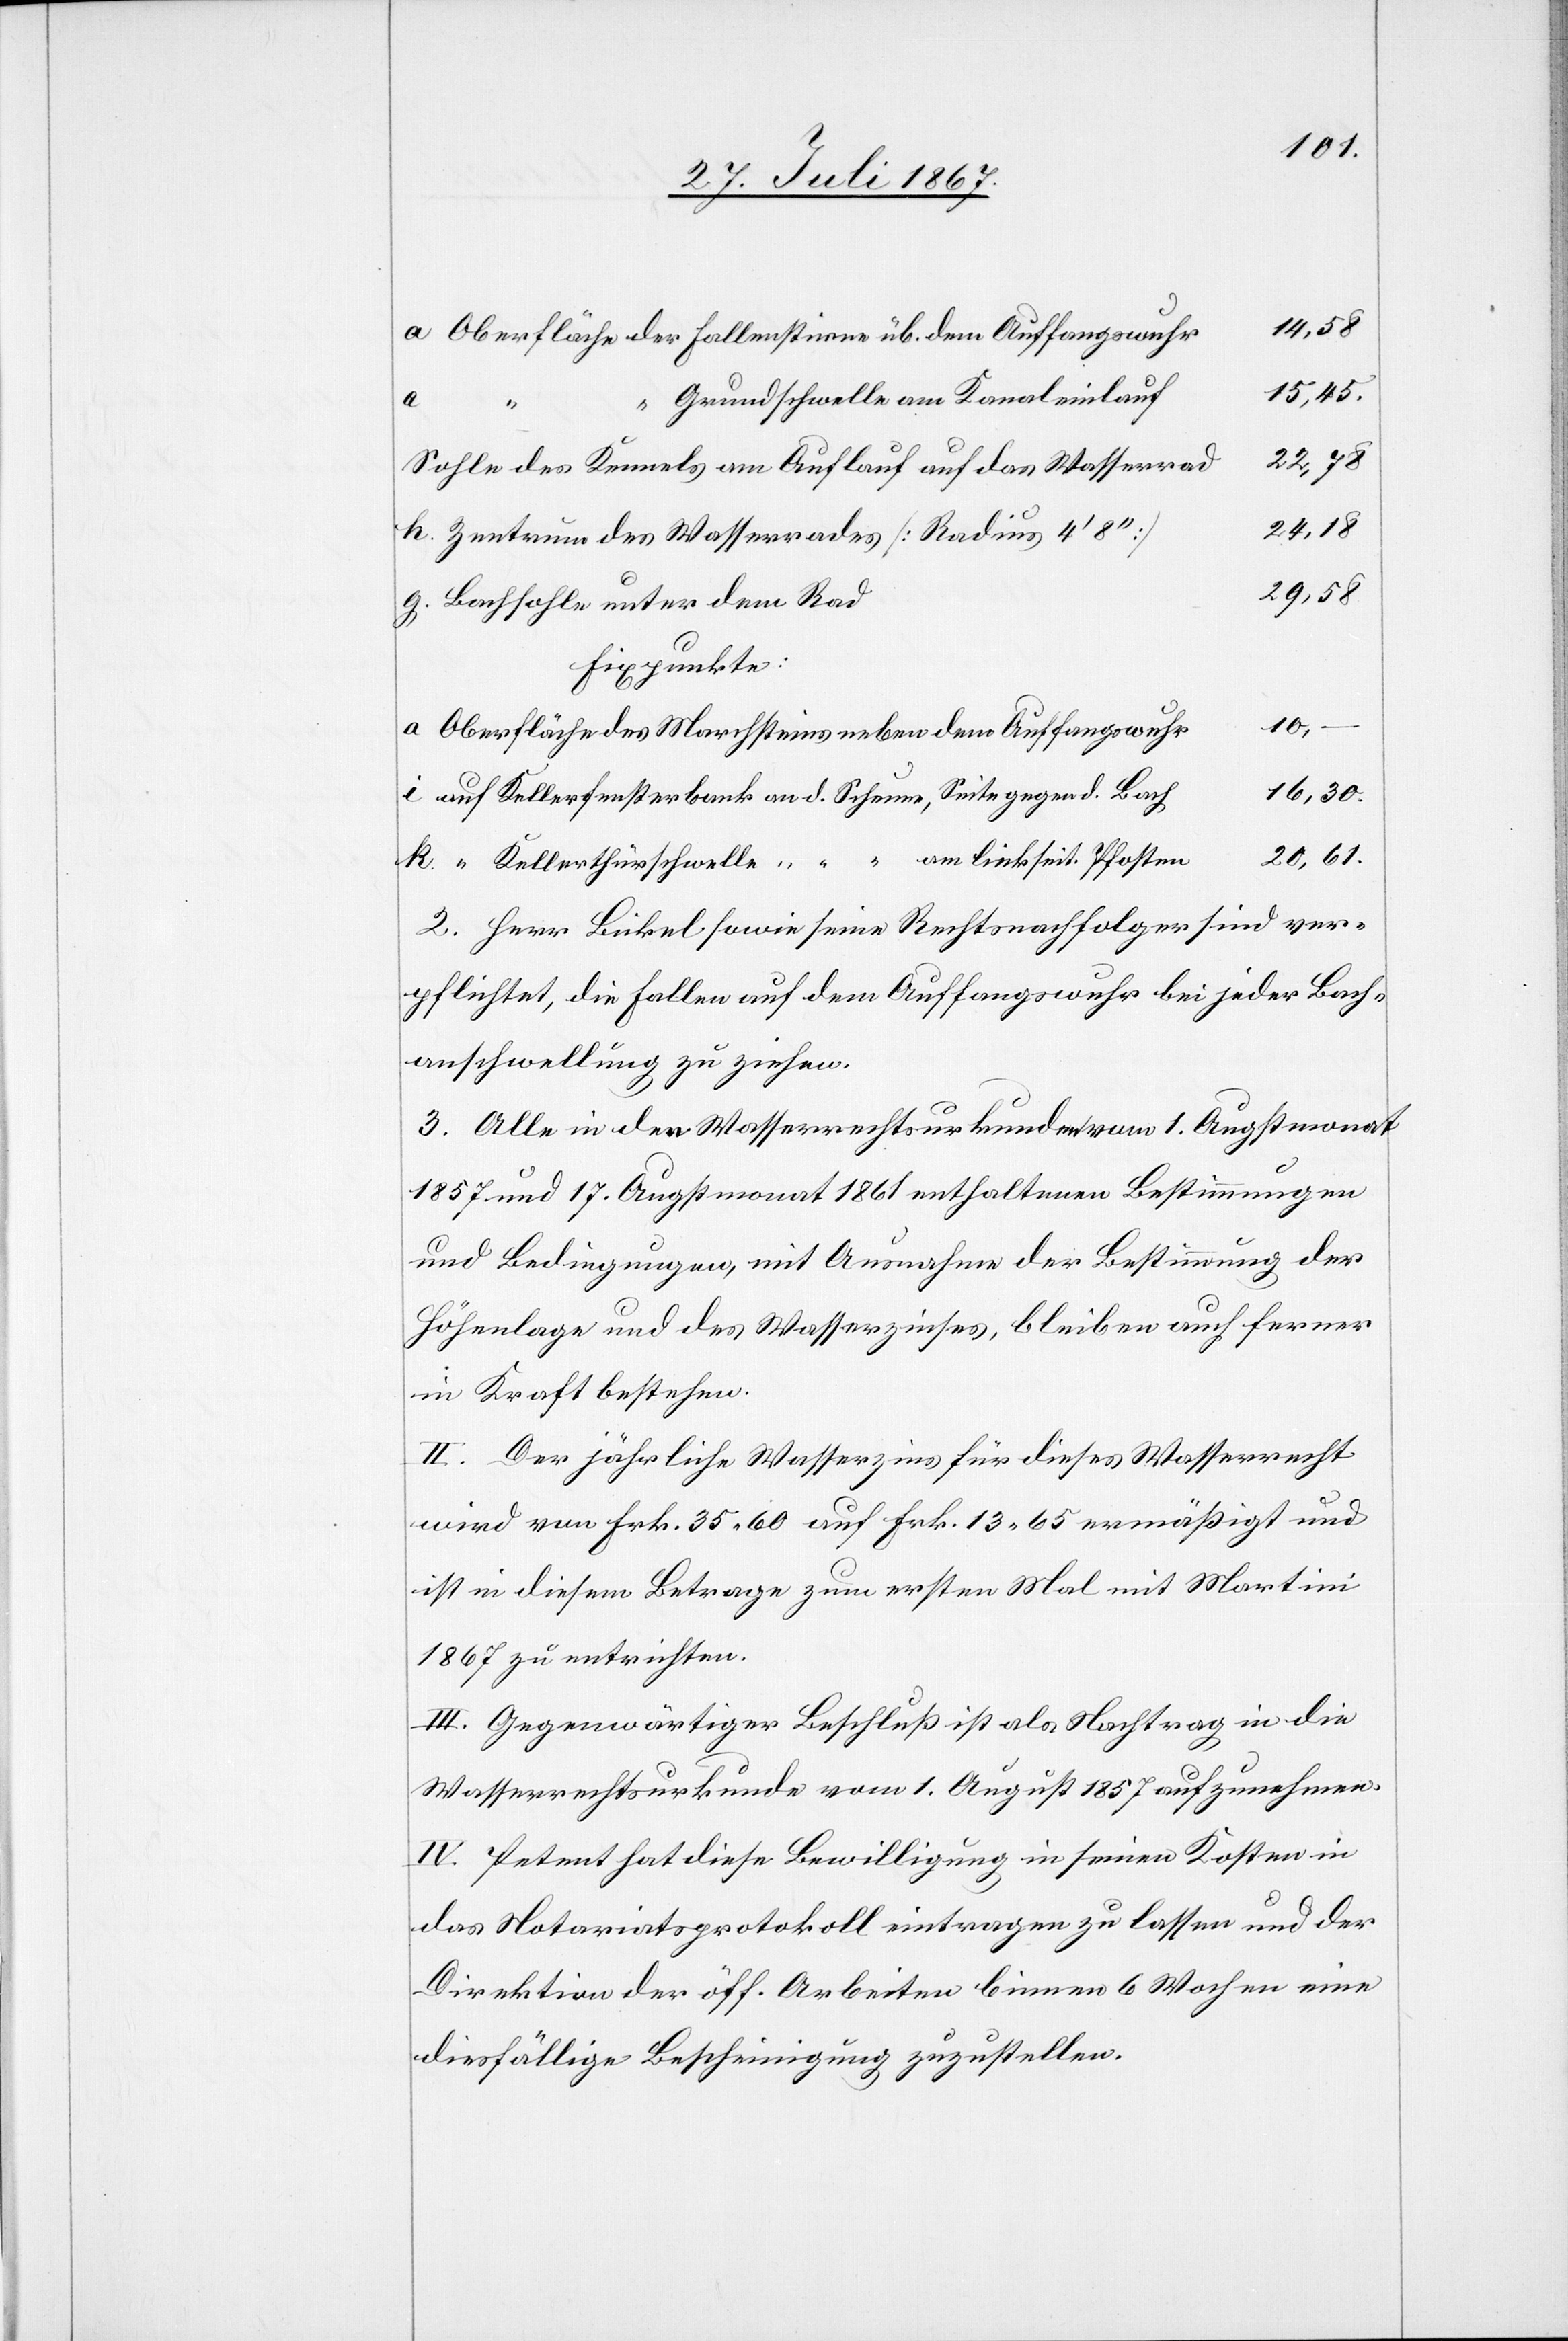
10,–
Oberfläche der Fallenstirne üb. dem Auffangswuhr
15,45
“ Grundschwelle am Kanaleinlauf
22,78
Sohle des Kanals am Auflauf auf das Wasserrad
24,18
Zentrum des Wasserrades [Radius 4‘ 8‘‘]
29,58
Bachsohle unter dem Rad
Fixpunkte
Oberfläche des Marchsteines neben dem Auffangswuhr
16,30
auf Kellerfensterbank an d. Scheune, Seite gegen d. Bach
20,61
“ Kellerthürschwelle “ “ “ am linkseit. Pfosten
2. Herr Bickel sowie seine Rechtsnachfahren sind ver¬
pflichtet, die Fallen auf dem Auffangwuhr bei jeder Bach¬
anschwellung zu ziehen.
3. Alle in den Wasserrechtsurkunden vom 1. Augstmonat
1857 und 17. Augstmonat 1861 enthaltenen Bestimmungen
und Bedingungen, mit Ausnahme der Bestimmung der
Höhenlage und des Wasserzinses, bleiben auch ferner
in Kraft bestehen.
II. Der jährliche Wasserzins für dieses Wasserrecht
wird von Frk. 35.60 auf Frk. 13.65 ermäßigt und
ist in diesem Betrage zum ersten Mal mit Martini
1867 zu entrichten.
III. Gegenwärtiger Beschluß ist als Nachtrag in die
Wasserrechtsurkunde vom 1. August 1857 aufzunehmen.
IV. Petent hat diese Bewilligung in seinen Kosten in
das Notariatsprotokoll eintragen zu lassen und der
Direktion der öff. Arbeiten binnen 6 Wochen eine
diesfällige Bescheinigung zuzustellen.